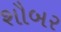
શૌબર